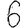
Digit: 6